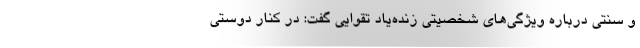
و سنتی درباره ویژگی‌های شخصیتی زنده‌یاد تقوایی گفت: در کنار دوستی